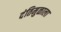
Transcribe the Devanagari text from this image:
दंतिमुळाला